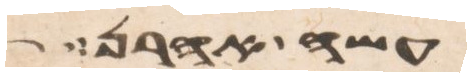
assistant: עשה אהרן